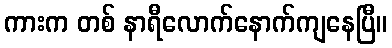
ကားက တစ် နာရီလောက်နောက်ကျနေပြီ။